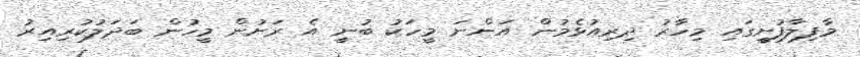
މާފިލާފުށީގައި މިހާރު ދިރިއުޅެމުން އަންނަ މީހަކު ބުނީ އެ ރަށުން މީހުން ބަދަލުކުރިއިރު